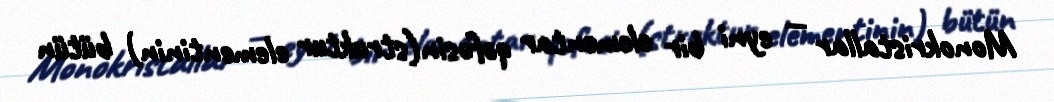
Monokristallar — eyni bir elementar qəfəsin(struktur elementinin) bütün